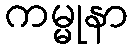
ကမ္မုနာ